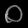
Digit: ၀